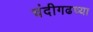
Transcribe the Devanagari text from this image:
चंदीगढच्या